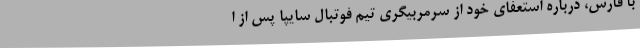
با فارس، درباره استعفای خود از سرمربیگری تیم فوتبال سایپا پس از ا